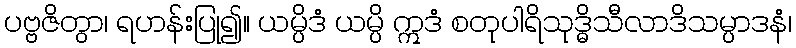
ပဗ္ဗဇိတွာ၊ ရဟန်းပြု၍။ ယမ္ပိဒံ ယမ္ပိ ဣဒံ စတုပါရိသုဒ္ဓိသီလာဒိသမ္ပာဒနံ၊